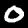
Label: 0